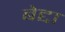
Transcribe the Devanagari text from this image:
बेद्दा